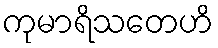
ကုမာရိသတေဟိ